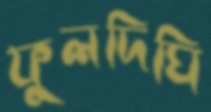
ফুলদিঘি